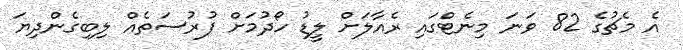
އެ މެޗުގެ 82 ވަނަ މިނެޓްގައި ރެއާލަށް ލީޑު ހޯދުމަށް ފުރުސަތެއް ލިބިގެންދިޔަ